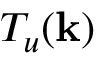
T _ { u } ( { \bf k } )